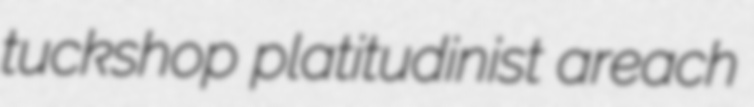
tuckshop platitudinist areach